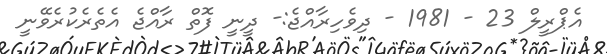
އެޕްރީލް 23 - 1981 - ދިވެހިރާއްޖެ:- ދީނީ ފޮތް ރާއްޖެ އެތެރެކުރެވޭނީ